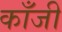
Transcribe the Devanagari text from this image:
काँजी